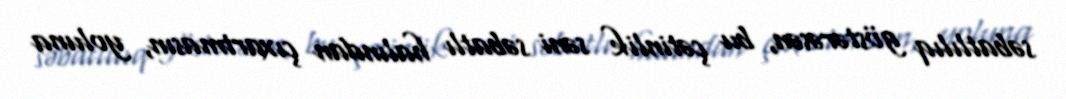
səbatlılıq göstərəsən, bu çətinlik səni səbatlı halından çıxartmasın, yoluna